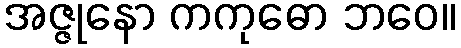
အဇ္ဇုနော ကကုဓော ဘဝေ။